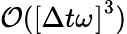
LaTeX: \mathcal{O}(\left[\Delta t{}\omega_{}\right]^{3})